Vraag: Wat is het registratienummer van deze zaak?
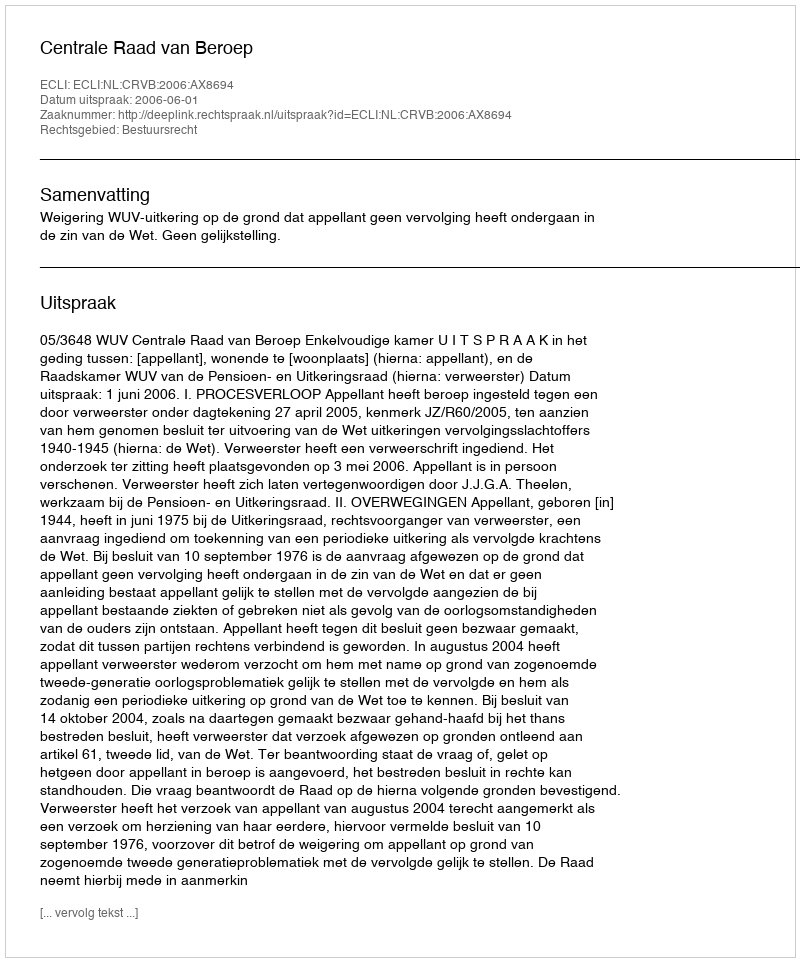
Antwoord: http://deeplink.rechtspraak.nl/uitspraak?id=ECLI:NL:CRVB:2006:AX8694